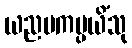
ယညမကပ္ပယိံသု